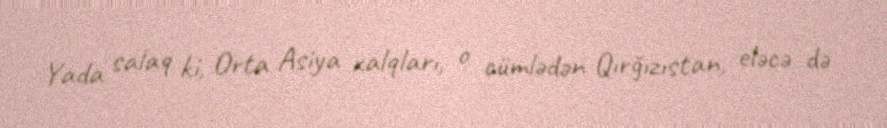
Yada salaq ki, Orta Asiya xalqları, o cümlədən Qırğızıstan, eləcə də